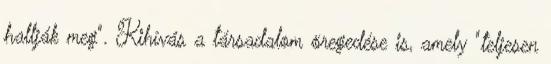
hallják meg". Kihívás a társadalom öregedése is, amely "teljesen